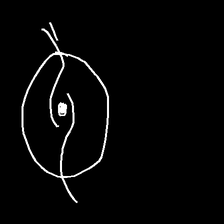
Glyph: repetition